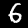
Digit: 6